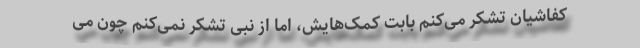
کفاشیان تشکر می‌کنم بابت کمک‌هایش، اما از نبی تشکر نمی‌کنم چون می